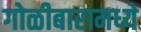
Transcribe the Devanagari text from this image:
गोळीबारामध्ये